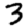
Digit: 3